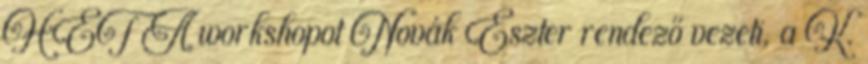
HÉT A workshopot Novák Eszter rendező vezeti, a K.